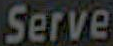
Serve